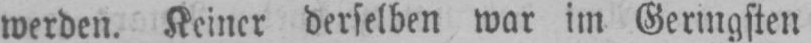
werden. Keiner derselben war im Geringsten